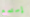
إستمع